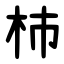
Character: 杮